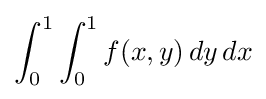
\int _{0}^{1}\int _{0}^{1}f(x,y)\,dy\,dx